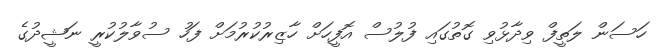
ހަސަން ލަތީފް ވިދާޅުވި ގޮތުގައި ފުލުސް އޮފީހަށް ހާޒިރުކުރުމަށް ފަހު ސުވާލުކުރީ ނަޝީދުގެ